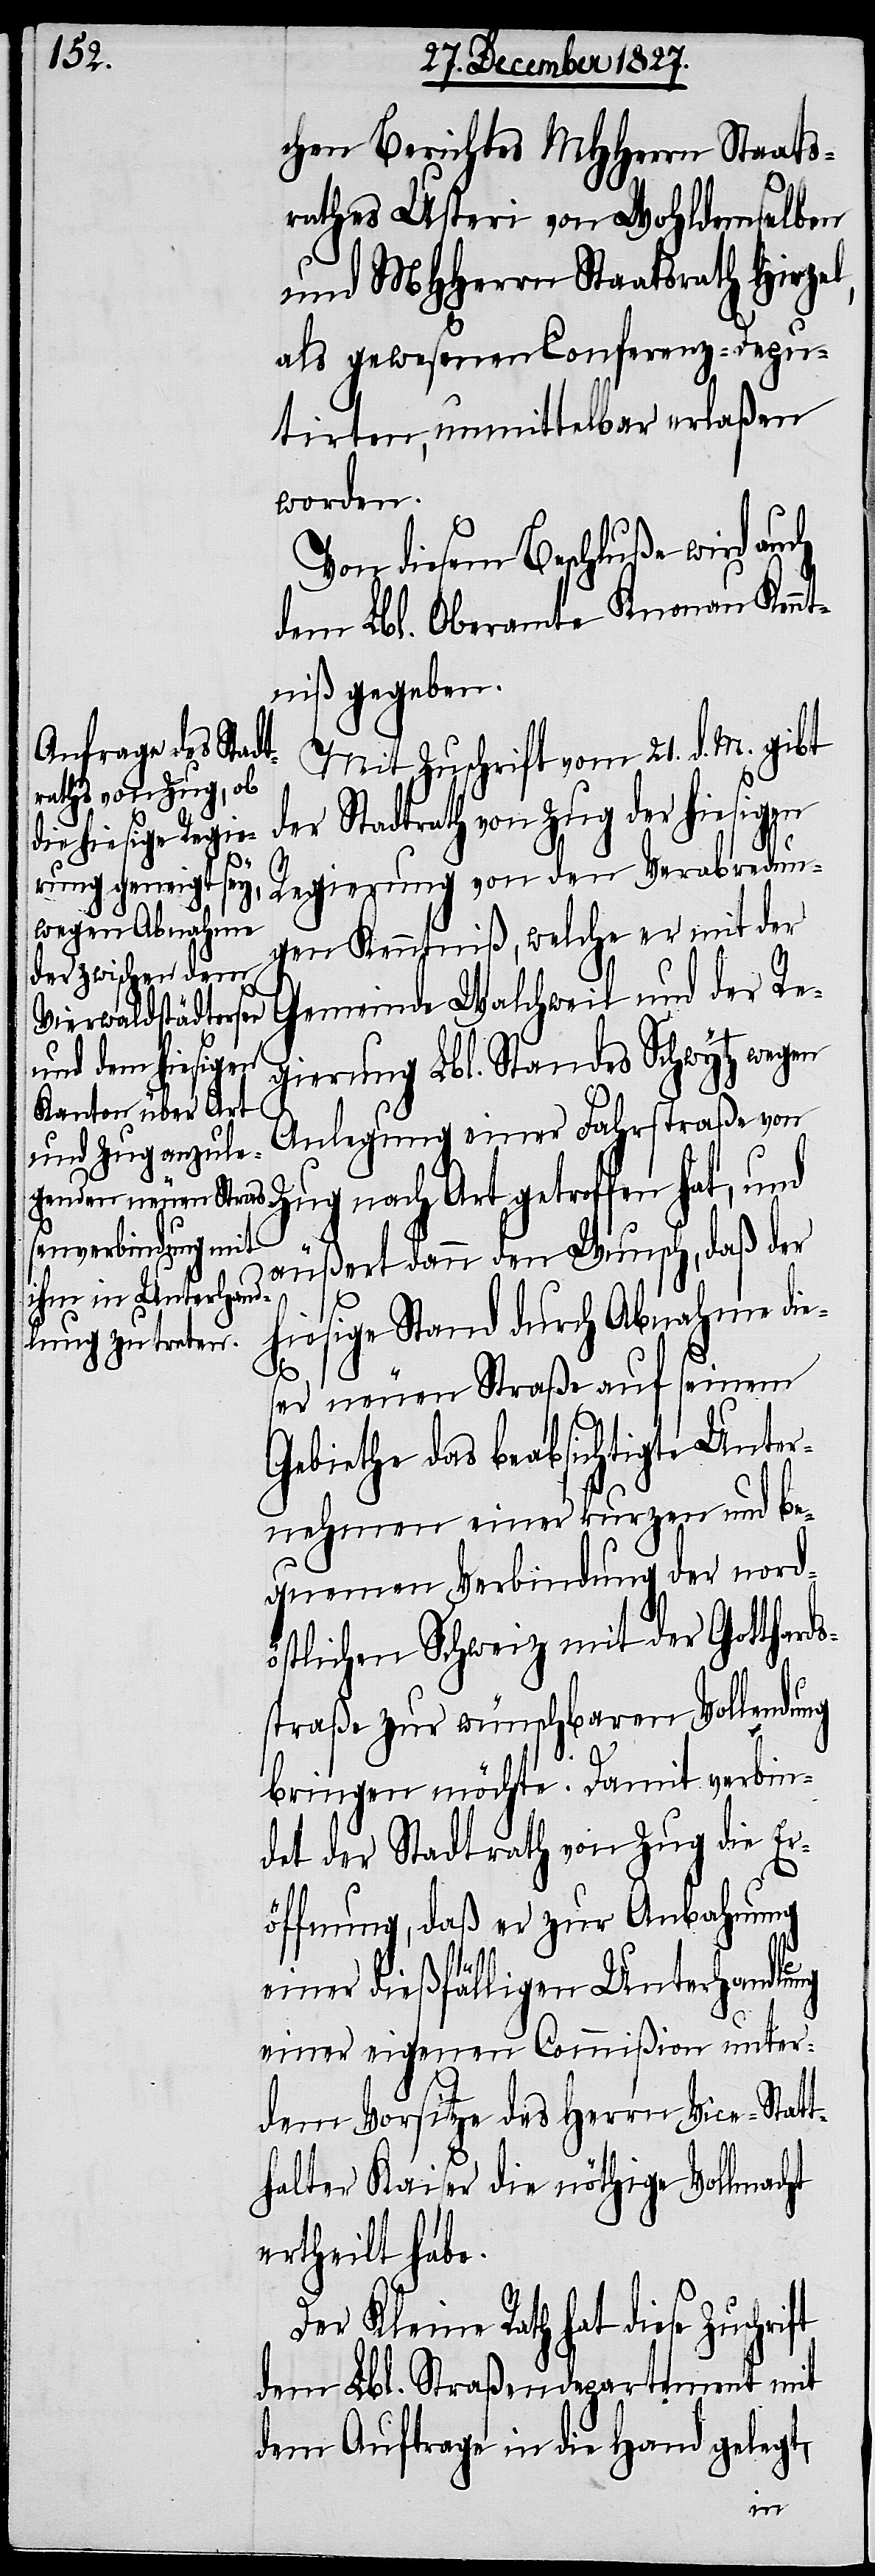
chen Berichtes MHHerrn Staats¬
rathes Usteri von Wohldemselben
und MHHerrn Staatsrath Hirzel,
als gewesenen Conferenz-Depu¬
tirten, unmittelbar erlaßen
worden.
Von diesen Beschluße wird auch
dem Lbl. Oberamt Knonau Kennt¬
niß gegeben.
Mit Zuschrift vom 21. d. M. gibt
der Stadtrath von Zug der hiesigen
gen Kenntniß, welche er mit der
Gemeinde Walchweil und der Re¬
gierung Lbl. Standes Schwytz wegen
Anlegung einer Fahrstaße vo¬
n Zug nach Art getroffen hat, und
äußert dann den Wunsch, daß der
hiesige Stand durch Abnahme die¬
ser neuen Straße auf seinem
Gebiethe das beabsichtigte Unter¬
nehmen einer kurzen und be¬
quemen Verbindung der nord¬
östlichen Schweiz mit der Gotthards¬
straße zur wünschbaren Vollendung
bringen möchte. Damit verbin¬
det der Stadtrath von Zug die Er¬
öffnung, daß er zur Anbahnung
einer dießfälligen Unterhandlung
einer eigenen Commißion unter¬
m Vorsitze des Herrn Vice-Statt¬
halter Kaiser die nöthige Vollmacht
ertheilt habe.
Der Kleine Rath hat diese Zuschri¬
dem Lbl. Straßendepartement mit
dem Auftrage in die Hand gelegt,
ft